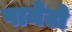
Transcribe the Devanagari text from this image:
पामेटो